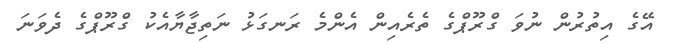
އޭގެ އިތުރުން ނުވަ ގްރޫޕްގެ ތެރެއިން އެންމެ ރަނގަޅު ނަތިޖާޔާއެކު ގްރޫޕްގެ ދެވަނަ